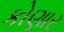
કોણાર